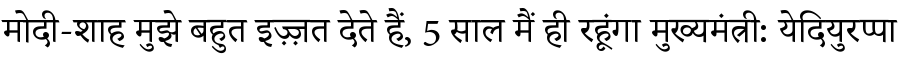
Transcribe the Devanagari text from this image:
मोदी-शाह मुझे बहुत इज़्ज़त देते हैं, 5 साल मैं ही रहूंगा मुख्यमंत्री: येदियुरप्पा